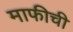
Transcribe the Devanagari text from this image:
माफीची